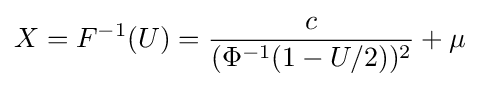
X=F^{-1}(U)={\frac {c}{(\Phi ^{-1}(1-U/2))^{2}}}+\mu